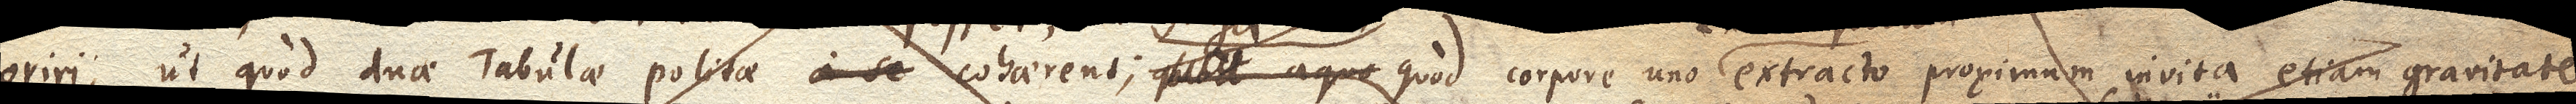
oriri, ut quod duae Tabulae politae cohaerent; quod aqua corpore uno extracto proximum invita etiam gravitate